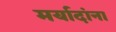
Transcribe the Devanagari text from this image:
मर्यादांना